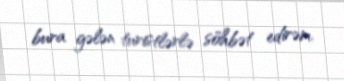
bura gələn turistlərlə söhbət edirəm.